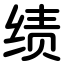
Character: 绩